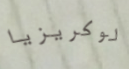
لوكريزيا